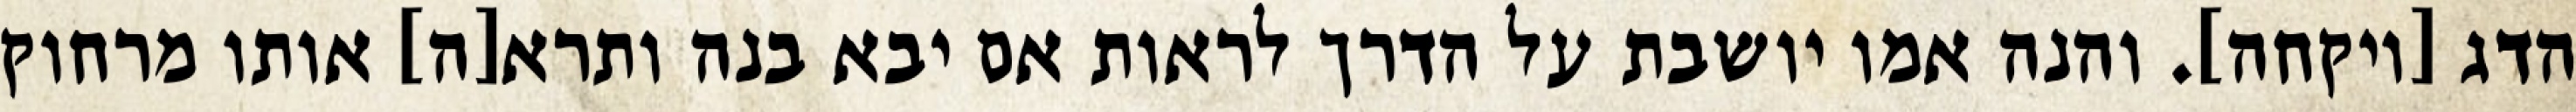
הדג [ויקחה]. והנה אמו יושבת על הדרך לראות אם יבא בנה ותרא[ה] אותו מרחוק